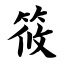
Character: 筱